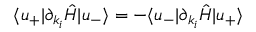
\langle u _ { + } | \partial _ { k _ { i } } \hat { H } | u _ { - } \rangle = - \langle u _ { - } | \partial _ { k _ { i } } \hat { H } | u _ { + } \rangle